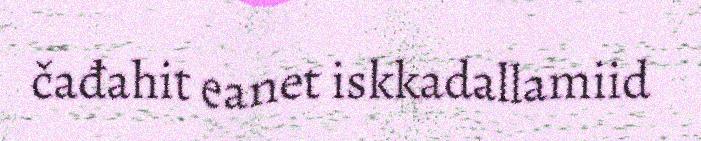
čađahit eanet iskkadallamiid